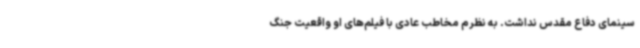
سینمای دفاع مقدس نداشت. به نظرم مخاطب عادی با فیلم‌های او واقعیت جنگ